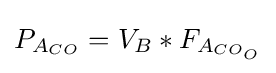
P_{A_{CO}}=V_{B}*F_{A_{CO_{O}}}